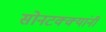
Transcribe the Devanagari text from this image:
सोनटक्क्यांनी